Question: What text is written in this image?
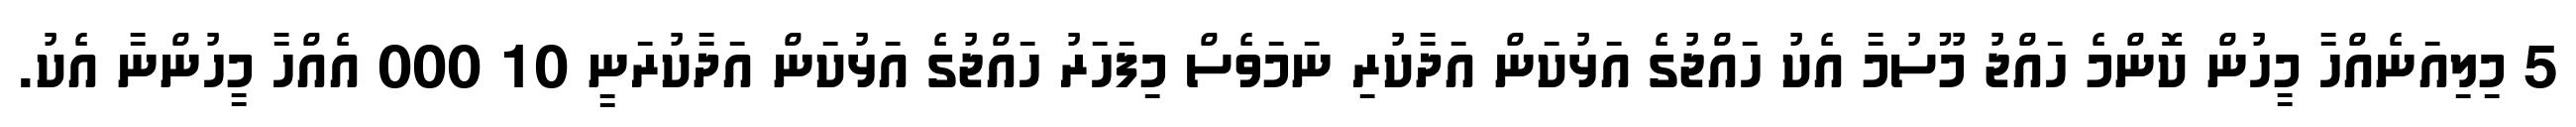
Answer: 5 މިލިއަނެއްހާ މީހުން ކޮންމެ ހައްޖު މޫސުމާ އެކު ހައްޖުގެ އަޅުކަން އަދާކުރި ނަމަވެސް މިފަހަރު ހައްޖުގެ އަޅުކަން އަދާކުރަނީ 10 000 އެއްހާ މީހުންނާ އެކު.